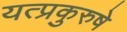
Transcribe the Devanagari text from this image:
यत्प्रकुरुषे